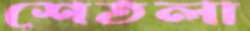
শেতলা